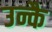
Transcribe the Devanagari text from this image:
उन्कै